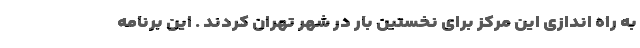
به راه اندازی این مرکز برای نخستین بار در شهر تهران کردند . این برنامه